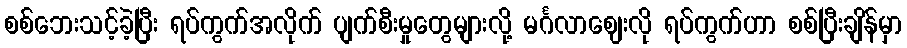
စစ်ဘေးသင့်ခဲ့ပြီး ရပ်ကွက်အလိုက် ပျက်စီးမှုတွေများလို့ မင်္ဂလာဈေးလို ရပ်ကွက်ဟာ စစ်ပြီးချိန်မှာ